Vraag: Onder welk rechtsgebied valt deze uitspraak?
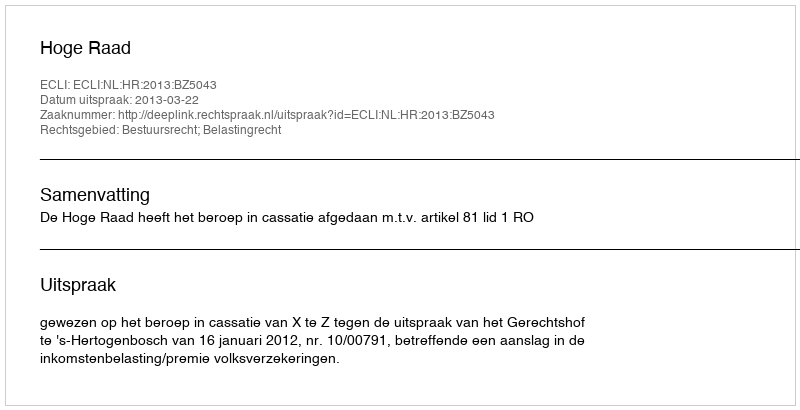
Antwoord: Bestuursrecht; Belastingrecht